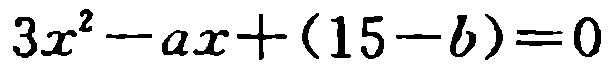
\(3x^{2}-ax+(15 - b)=0\)